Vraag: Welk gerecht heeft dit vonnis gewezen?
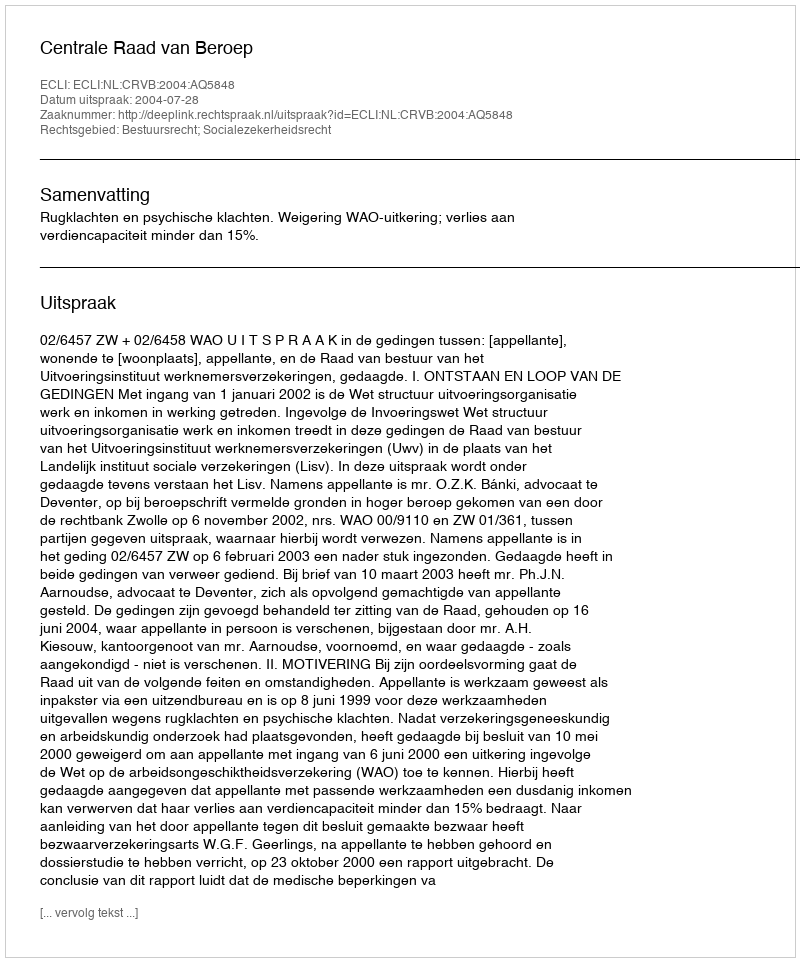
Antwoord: Centrale Raad van Beroep